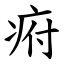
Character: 㾈